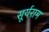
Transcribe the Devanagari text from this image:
सूर्यराम